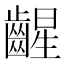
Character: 𫠛